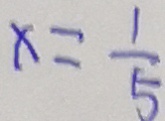
x = \frac { 1 } { 5 }